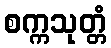
စက္ကသုတ္တံ